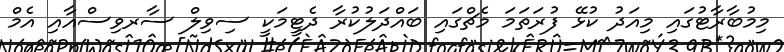
މިމުބާރާޓުގައި މިއަދު ކުޅޭ ފުރަތަމަ މެޗްގައި ބައްދަލުކުރާ ދެޓީމަކީ ސިވިލް ސާރވިސްއާއި އެމް